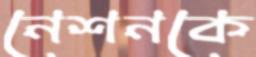
নেশনকে